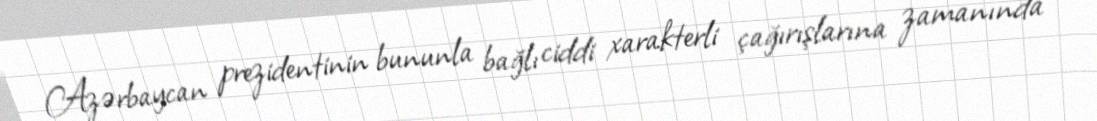
Azərbaycan prezidentinin bununla bağlı ciddi xarakterli çağırışlarına zamanında